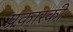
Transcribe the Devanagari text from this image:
प्रकारकी